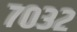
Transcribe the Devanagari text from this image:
७०३२